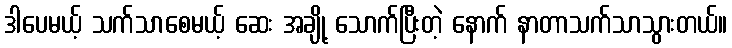
ဒါပေမယ့် သက်သာစေမယ့် ဆေး အချို့ သောက်ပြီးတဲ့ နောက် နာတာသက်သာသွားတယ်။